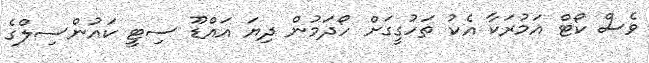
ވެސް ކޯޓް އަމުރަކާ އެކު ތަހުގީގަށް ހޯދަމުން ދިޔަ އައްޑޫ ސިޓީ ކައުންސިލްގެ